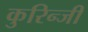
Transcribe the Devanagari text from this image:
कुरिन्‍जी